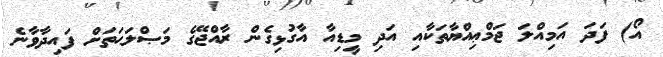
އޯ) ފަދަ އަމިއްލަ ޖަމްޢިއްޔާތަކާއި އަދި މީޑިއާ އާގުޅިގެން ރާއްޖޭގެ މަޞްލަޙަތަށް ފައިދާވާނެ